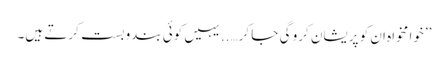
’’خوا مخواہ ان کو پریشان کرو گی جا کر…..یہیں کوئی بندوبست کرتے ہیں۔